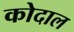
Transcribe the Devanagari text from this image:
कोदाल